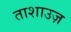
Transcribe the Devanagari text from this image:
ताशाउज़